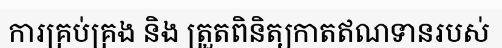
ការគ្រប់គ្រង និង ត្រួតពិនិត្យកាតឥណទានរបស់